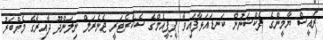
ރައީސް ޔާމީންގެ ފެކްޝަނުން ކަނޑައަޅާފައިވާ ޕީޕީއެމްގެ ސެކެރެޓަރީ ޖެނެރަލް ނިލަންދޫ ދާއިރާގެ މެމްބަރު